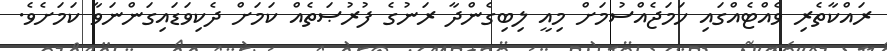
ރައްކާތެރި ވެއްޓެއްގައި ހަމަޖެއްސުމަށް މިއީ ލިބިގެންދާ ރަނުގެ ފުރުޞަތެއް ކަމަށް ދެކިވަޑައިގަންނަވާ ކަމަށެވެ.